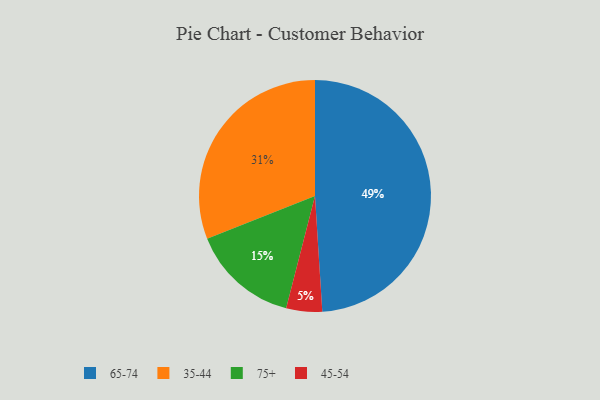
{"axis": {"x": "Category", "y": "Percentage"}, "legend": ["35-44", "45-54", "65-74", "75+"], "data": [{"x": "75+", "y": 15, "type": "75+"}, {"x": "35-44", "y": 31, "type": "35-44"}, {"x": "65-74", "y": 49, "type": "65-74"}, {"x": "45-54", "y": 5, "type": "45-54"}]}